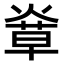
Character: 𤌸